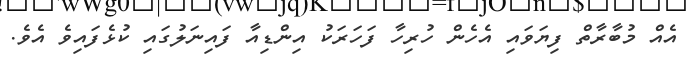
އެއް މުބާރާތް ފިޔަވައި އެހެން ހުރިހާ ފަހަރަކު އިންޑިއާ ފައިނަލުގައި ކުޅެފައިވެ އެވެ.